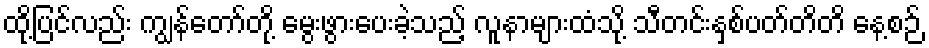
ထို့ပြင်လည်း ကျွန်တော်တို့ မွေးဖွားပေးခဲ့သည့် လူနာများထံသို့ သီတင်းနှစ်ပတ်တိတိ နေ့စဉ်